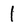
Character: 1